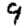
Digit: 9